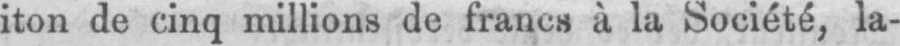
iton de cinq millions de francs à la Société, la-